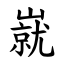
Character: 㠇